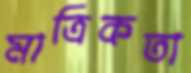
মাত্রিকতা